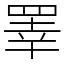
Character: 睪